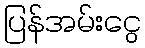
ပြန်အမ်းငွေ